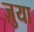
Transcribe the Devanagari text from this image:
ज़ुया